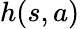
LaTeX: h(s,a)